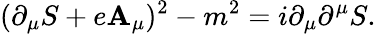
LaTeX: (\partial_{\mu}S+e\mathbf{A}_{\mu})^{2}-m^{2}=i\partial_{\mu}\partial^{\mu}S.